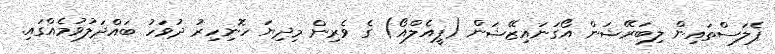
ޕެލަސްތައިން ލިބަރޭޝަން އޯގަނައިޒޭޝަން (ޕީއެލްއޯ) ގެ ވެރިން މިދިޔަ ހޮނިހިރު ދުވަހު ބައްދަލުވުމެއްގައި.